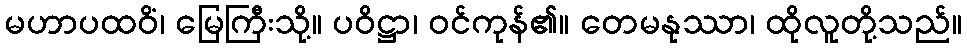
မဟာပထဝိံ၊ မြေကြီးသို့။ ပဝိဋ္ဌာ၊ ဝင်ကုန်၏။ တေမနုဿာ၊ ထိုလူတို့သည်။